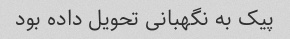
پیک به نگهبانی تحویل داده بود